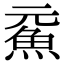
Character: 𩵶